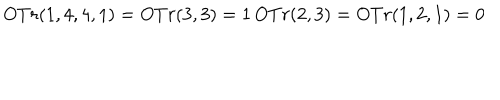
O T r ( 1 , 4 , 4 , 1 ) = O T r ( 3 , 3 ) = 1 \, O T r ( 2 , 3 ) = O T r ( 1 , 2 , 1 ) = 0